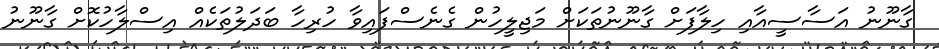
ގާނޫނު އަސާސީއާއި ހިލާފަށް ގާނޫނުތަކަށް މަޖިލީހުން ގެނެސްފައިވާ ހުރިހާ ބަދަލުތަކެއް އިސްލާހުކޮށް ގާނޫނު